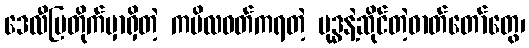
ဒေလီပြတိုက်မှာရှိတဲ့ ကပိလဝတ်ကရတဲ့ ဗုဒ္ဓနဲ့ဆိုင်တဲ့ဓာတ်တော်တွေ၊